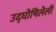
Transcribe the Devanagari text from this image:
उद्‌घोषिलेली